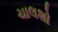
ચાલશો